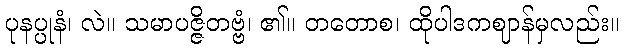
ပုနပ္ပုနံ၊ လဲ။ သမာပဇ္ဇိတဗ္ဗံ၊ ၏။ တတောစ၊ ထိုပါဒကဈာန်မှလည်း။